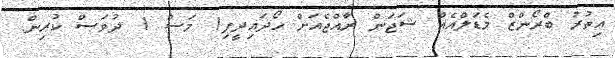
އިތުރު ބްރޯންޒް މެޑަލްއެއް ޝަޖަން ރާއްޖެއަށް ހޯދައިދީފި1 މަސް 1 ދުވަސް ކުރިން.